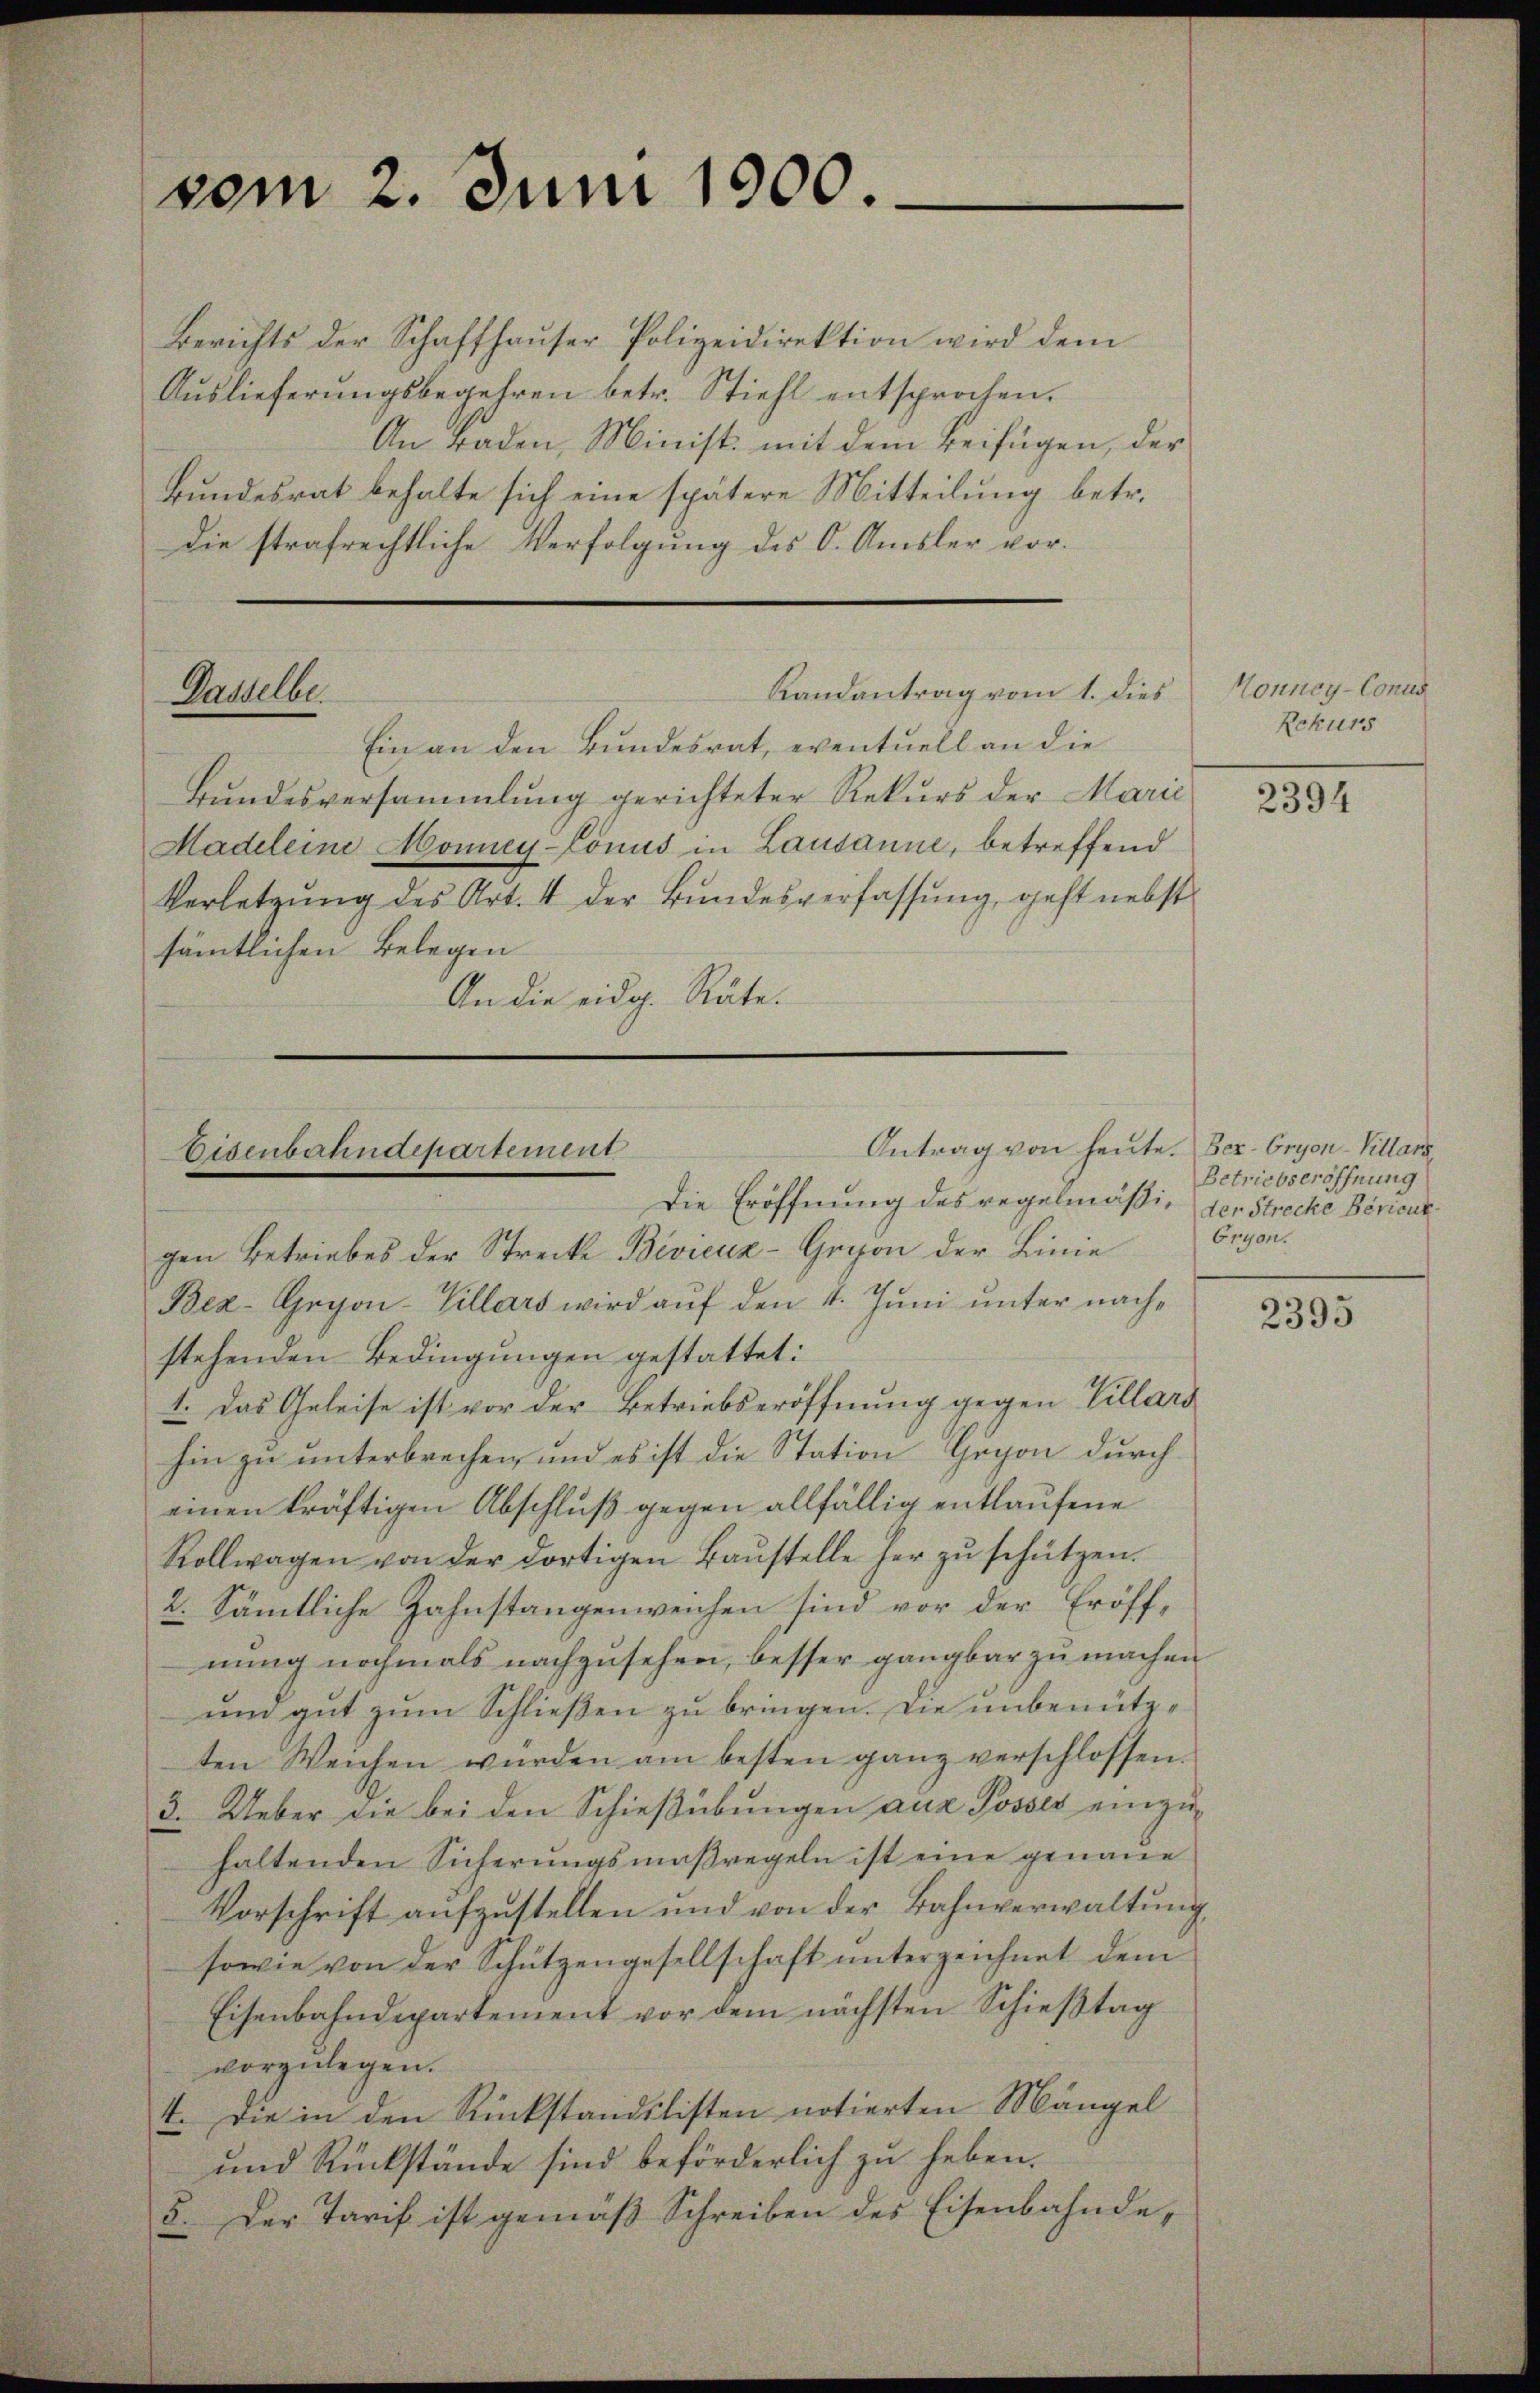
Berichts der Schaffhaŭser Polizeidirektion wird dem
Auslieferungsbegehren betr. Stiehl entsprochen.
An Baden, Minist. mit dem Beifügen, der
Bundesrat behalte sich eine spätere Mitteilung betr.
die strafrechtliche Verfolgung des O. Amsler vor¬

vom 2. Juni 1900.

Randantrag vom 1. dies
Dasselbe.

Ein an den Bundesrat, eventuell an die
Bundesversammlung gerichteter Rekurs der Marie
Madeleine Monney-Conus in Lausanne, betreffend
Verletzŭng des Art. 4 der Bŭndesverfassŭng, geht nebst
sämtlichen Belegen
An die eidg. Räte.

Disenbahndepartement
Die Eröffnung des regelmässig der Strecke Bericur¬

Antrag von heute. Ber-Cryon-Villars

gen Betriebes der Strecke Bevicuz-Gegen der Linie
Bez-Gegen-Villars wird auf den 4. Juni unter nachstehenden Bedingungen gestattet:
1. Das Geleise ist vor der Betriebseröffnung gegen Villard
hin zu unterbrechen, und es ist die Station Gegen durch
einen kräftigen Abschluß gegen allfällig entlaufene
Rollwagen von der dortigen Baŭstelle her zŭ schützen.
2. Sämtliche Zahnstangenweichen sind vor der Eröffnung nochmals nachzusehen, besser gangbar zu machen
und gut zum Schließen zu bringen. Die unbenützten Weichen würden am besten ganz verschlossen.
3. Ueber die bei den Schieβübŭngen aus Posses einzŭ-
haltenden Sicherŭngsmaßregeln ist eine genaue
Vorschrift aufzustellen und von der Bahnverwaltung
sowie von der Schützengesellschaft ŭnterzeichnet dem
Eisenbahndepartement vor dem nächsten Schieβtag
vorzulegen.
1. Die in den Rückstandslisten notierten Mängel
und Rückstände sind beförderlich zu heben.
5. Der Tarif ist gemäß Schreiben des Eisenbahnde¬

Nonney-Conus
Rekurs

2394

Betriebseröffnung
Eryon.

2395